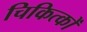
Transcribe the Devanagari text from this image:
चिकित्कों